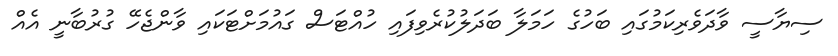
ސިޔާސީ ވާދަވެރިކަމުގައި ބަހުގެ ހަމަލާ ބަދަލުކުރެވިފައި ހުއްޓަސް ގައުމަށްޓަކައި ވާންޖެހޭ ގުރުބާނީ އެއް